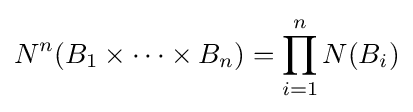
{N}^{n}(B_{1}\times \cdots \times B_{n})=\prod _{i=1}^{n}{N}(B_{i})